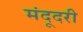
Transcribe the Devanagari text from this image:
मंदूदरी